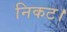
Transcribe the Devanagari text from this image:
निकट।